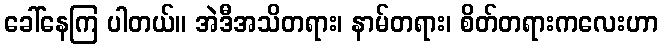
ခေါ်နေကြ ပါတယ်။ အဲဒီအသိတရား၊ နာမ်တရား၊ စိတ်တရားကလေးဟာ